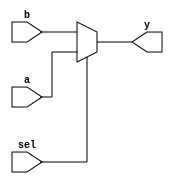
module conditional_assignment(
    input wire a,        // Input signal a
    input wire b,        // Input signal b
    input wire sel,      // Selector signal for conditional assignment
    output wire y        // Output signal for the result
);

// Continuous assignment using ternary operator
assign y = (sel) ? a : b;

endmodule